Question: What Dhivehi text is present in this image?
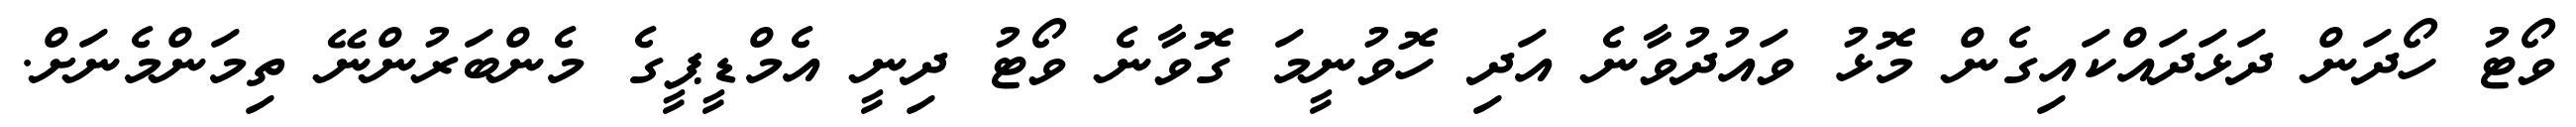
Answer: ވޯޓު ހޯދަން ދަޅަދައްކައިގެން މޮޅު ވައުދުވާނެ އަދި ހޮވުނީމަ ގޮވާނެ ވޯޓު ދިނީ އެމްޑީޕީގެ މެންބަރުންނޭ ތިމަންމެނަށް.